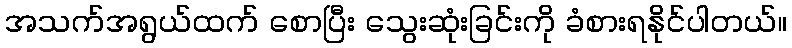
အသက်အရွယ်ထက် စောပြီး သွေးဆုံးခြင်းကို ခံစားရနိုင်ပါတယ်။